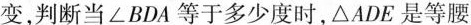
变，判断当\angle BDA等于多少度时，\triangle ADE是等腰